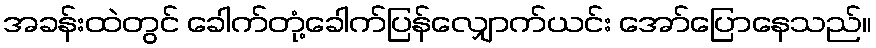
အခန်းထဲတွင် ခေါက်တုံ့ခေါက်ပြန်လျှောက်ယင်း အော်ပြောနေသည်။